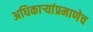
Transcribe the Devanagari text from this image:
अधिकाऱ्यांप्रमाणेच